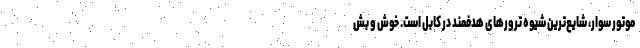
موتور سوار، شایع‌ترین شیوه ترور‌های هدفمند در کابل است. خوش و بش